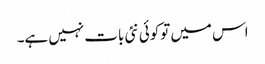
اس میں توکوئی نئی بات نہیں ہے۔